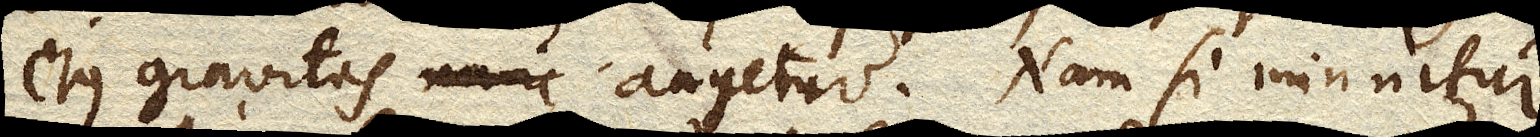
ejus gravitas nunc augetur. Nam si minuitur,